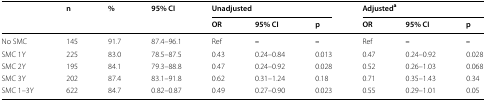
<table><thead><tr><td rowspan="2"></td><td rowspan="2"><b>n</b></td><td rowspan="2"><b>%</b></td><td rowspan="2"><b>95% CI</b></td><td colspan="3"><b>Unadjusted</b></td><td colspan="3"><b>Adjusted<sup>a</sup></b></td></tr><tr><td><b>OR</b></td><td><b>95% CI</b></td><td><b>p</b></td><td><b>OR</b></td><td><b>95% CI</b></td><td><b>p</b></td></tr></thead><tbody><tr><td>No SMC</td><td>145</td><td>91.7</td><td>87.4–96.1</td><td>Ref</td><td><b>–</b></td><td><b>–</b></td><td>Ref</td><td><b>–</b></td><td><b>–</b></td></tr><tr><td>SMC 1Y</td><td>225</td><td>83.0</td><td>78.5–87.5</td><td>0.43</td><td>0.24–0.84</td><td>0.013</td><td>0.47</td><td>0.24–0.92</td><td>0.028</td></tr><tr><td>SMC 2Y</td><td>195</td><td>84.1</td><td>79.3–88.8</td><td>0.47</td><td>0.24–0.92</td><td>0.028</td><td>0.52</td><td>0.26–1.03</td><td>0.068</td></tr><tr><td>SMC 3Y</td><td>202</td><td>87.4</td><td>83.1–91.8</td><td>0.62</td><td>0.31–1.24</td><td>0.18</td><td>0.71</td><td>0.35–1.43</td><td>0.34</td></tr><tr><td>SMC 1–3Y</td><td>622</td><td>84.7</td><td>0.82–0.87</td><td>0.49</td><td>0.27–0.90</td><td>0.023</td><td>0.55</td><td>0.29–1.01</td><td>0.05</td></tr></tbody></table>